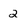
Character: 2